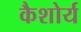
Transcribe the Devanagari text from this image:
कैशोर्य